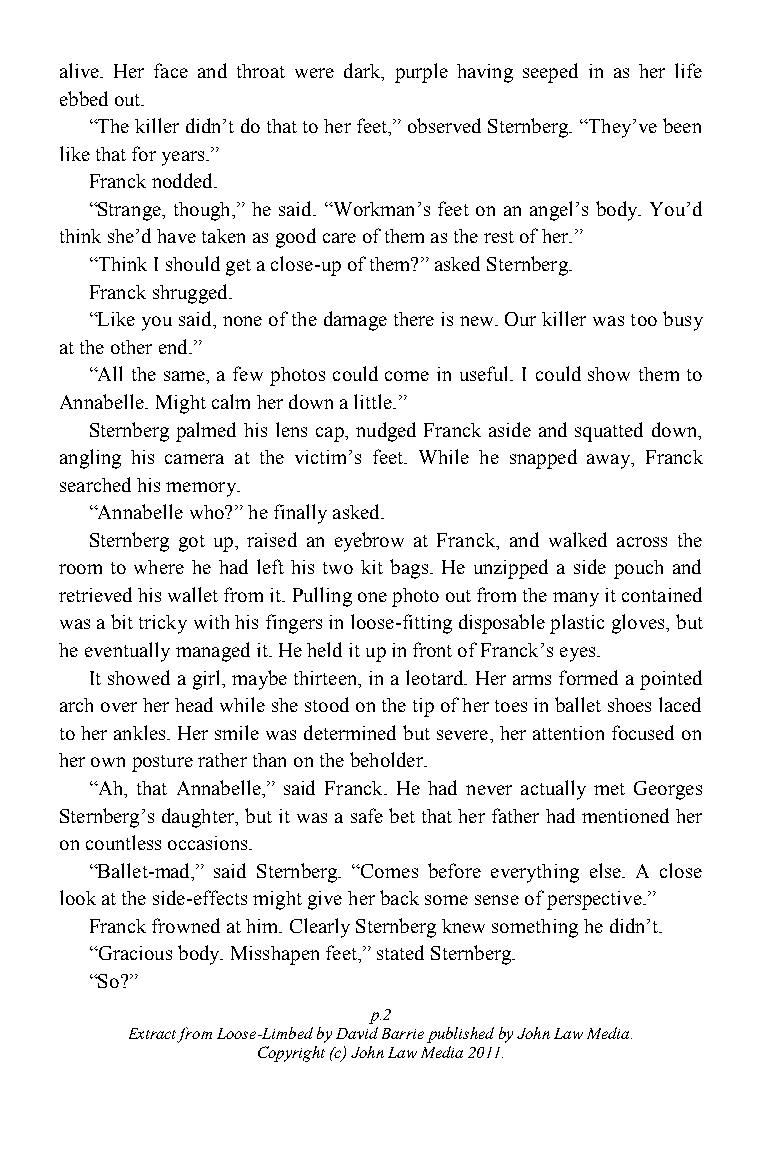
alive. Her face and throat were dark, purple having seeped in as her life
 ebbed out.
 “The killer didn‟t do that to her feet,” observed Sternberg. “They‟ve been
 like that for years.”
 Franck nodded.
 “Strange, though,” he said. “Workman‟s feet on an angel‟s body. You‟d
 think she‟d have taken as good care of them as the rest of her.”
 “Think I should get a close-up of them?” asked Sternberg.
 Franck shrugged.
 “Like you said, none of the damage there is new. Our killer was too busy
 at the other end.”
 “All the same, a few photos could come in useful. I could show them to
 Annabelle. Might calm her down a little.”
 Sternberg palmed his lens cap, nudged Franck aside and squatted down,
 angling his camera at the victim‟s feet. While he snapped away, Franck
 searched his memory.
 “Annabelle who?” he finally asked.
 Sternberg got up, raised an eyebrow at Franck, and walked across the
 room to where he had left his two kit bags. He unzipped a side pouch and
 retrieved his wallet from it. Pulling one photo out from the many it contained
 was a bit tricky with his fingers in loose-fitting disposable plastic gloves, but
 he eventually managed it. He held it up in front of Franck‟s eyes.
 It showed a girl, maybe thirteen, in a leotard. Her arms formed a pointed
 arch over her head while she stood on the tip of her toes in ballet shoes laced
 to her ankles. Her smile was determined but severe, her attention focused on
 her own posture rather than on the beholder.
 “Ah, that Annabelle,” said Franck. He had never actually met Georges
 Sternberg‟s daughter, but it was a safe bet that her father had mentioned her
 on countless occasions.
 “Ballet-mad,” said Sternberg. “Comes before everything else. A close
 look at the side-effects might give her back some sense of perspective.”
 Franck frowned at him. Clearly Sternberg knew something he didn‟t.
 “Gracious body. Misshapen feet,” stated Sternberg.
 “So?”
 p.2
 Extract from Loose-Limbed by David Barrie published by John Law Media.
 Copyright (c) John Law Media 2011.